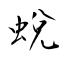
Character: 蛻